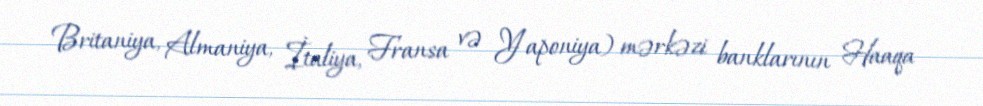
Britaniya, Almaniya, İtaliya, Fransa və Yaponiya) mərkəzi banklarının Haaqa